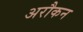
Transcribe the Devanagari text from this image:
अरौकन